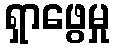
ရှာဖွေမှု